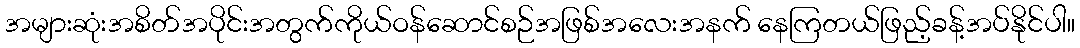
အများဆုံးအစိတ်အပိုင်းအတွက်ကိုယ်ဝန်ဆောင်စဉ်အဖြစ်အလေးအနက် နေကြတယ်ဖြည့်ခန့်အပ်နိုင်ပါ။